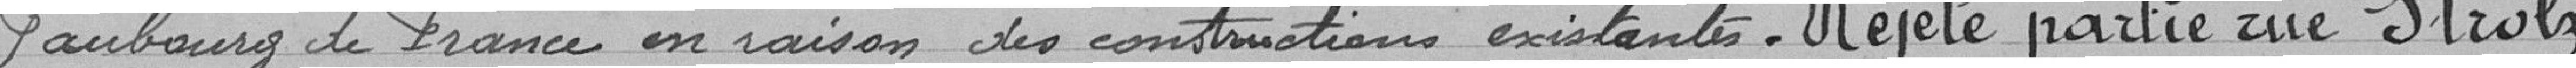
faubourg de France en raison des constructions existantes. Rejeté partie rue Strolz.